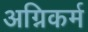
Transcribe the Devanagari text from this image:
अग्निकर्म